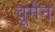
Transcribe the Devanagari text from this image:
वूमेंन